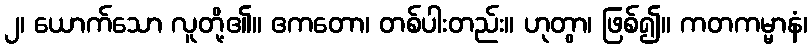
၂၊ ယောက်သော လူတို့၏။ ဧကတော၊ တစ်ပါးတည်း။ ဟုတွာ၊ ဖြစ်၍။ ကတကမ္မာနံ၊